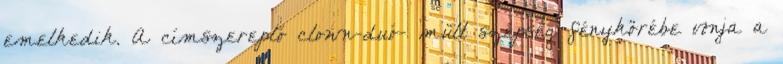
emelkedik. A címszereplő clown-duó- mült szépség fénykörébe vonja a